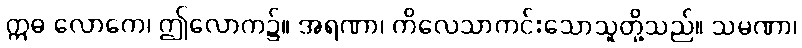
ဣဓ လောကေ၊ ဤလောက၌။ အရဏာ၊ ကိလေသာကင်းသောသူတို့သည်။ သမဏာ၊